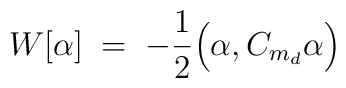
W[\alpha] \; = \; -\frac{1}{2} \Big( \alpha, C_{m_d} \alpha \Big)